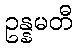
ဥန္နမတီ